Insane asylums in Bengal annual reports 1867-1875 - 1867-1875
Year: 1867
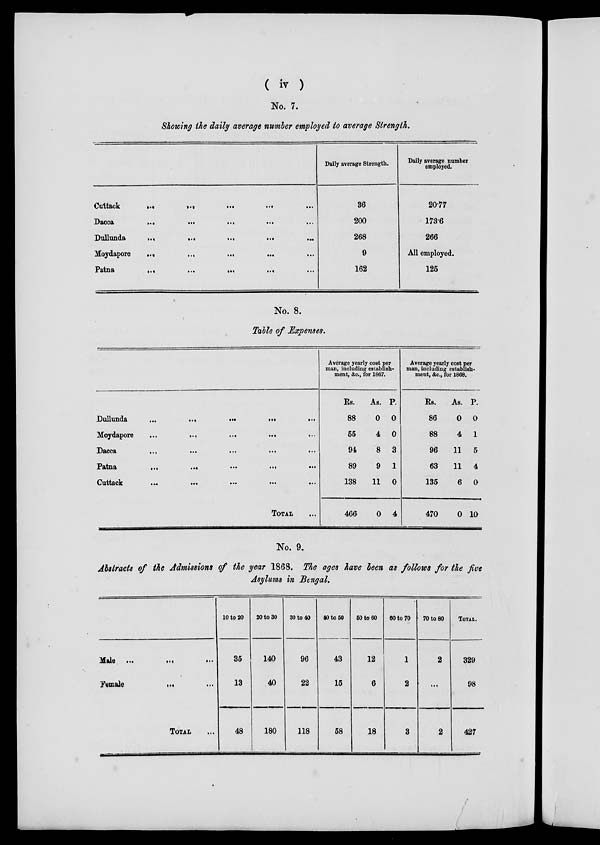
( iv )
No. 7.
Showing the daily average number employed to average Strength.
Cuttack
...
...
...
... ...
Dacca
...
...
...
...
...
Dullunda
...
...
...
... ...
Moydapore
...
...
... ... ...
Patna
...
...
...
...
...
Daily average Strength.
36
200
268
9
162
Daily average number
employed.
20.77
173.6
266
All employed.
125
No. 8.
Table of Expenses.
Dullunda ...
...
...
...
...
Moydapore
... ...
...
...
...
Dacca
... ... ... ... ...
Patna
...
...
...
...
...
Cuttack
...
...
...
...
...
TOTAL ...
Average yearly cost per
man, including establish-
ment, &c., for 1867.
Rs.
88
55
94
89
138
466
As.
0
4
8
9
11
0
P.
0
0
3
1
0
4
Average yearly cost per
man, including establish-
ment, &c., for 1868.
Rs.
86
88
96
63
135
470
As.
0
4
11
11
6
0
P.
0
1
5
4
0
10
No. 9.
Abstracts of the Admissions of the year 1868. The ages have been as follows for the five
Asylums in Bengal.
Male
...
...
...
Female ... ... ...
TOTAL ...
10 to 20
35
13
48
20 to 30
140
40
180
30 to 40
96
22
118
40 to 50
43
15
58
50 to 60
12
6
18
60 to 70
1
2
3
70 to 80
2
...
2
TOTAL.
329
98
427